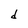
Character: d